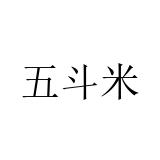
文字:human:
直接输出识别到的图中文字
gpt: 五斗米